Civil Veterinary Department Bihar reports 1940-50 - 1940-1950
Year: 1940
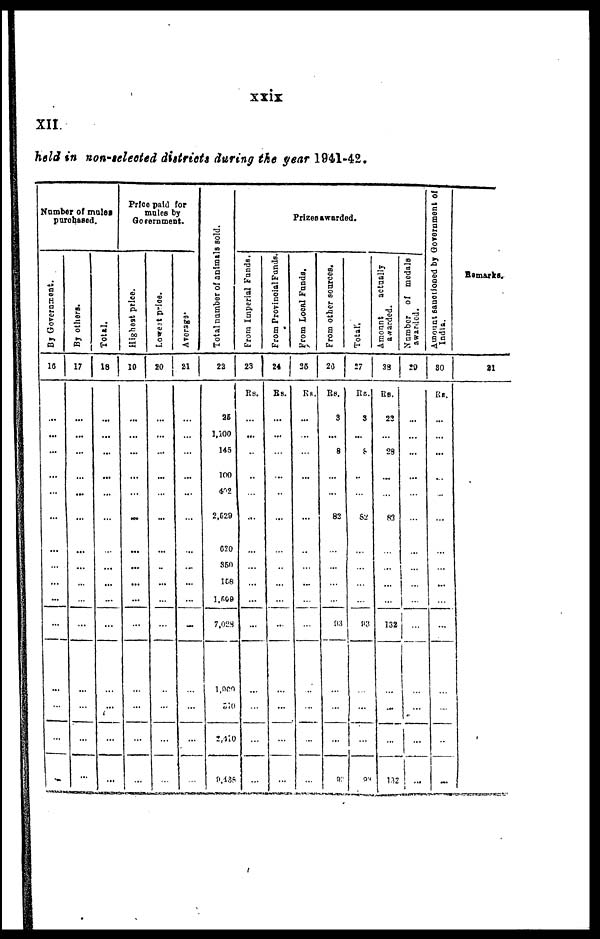
xxix
XII.
held in non-selected districts during the year 1941-42.
Number of mules
purchased.
By Go v e r
n me n t.
16
...
...
...
...
...
...
...
...
...
...
...
...
...
...
...
By others.
17
...
...
...
...
...
...
...
...
...
...
...
...
...
...
...
Total.
18
...
...
...
...
...
...
...
...
...
...
...
...
...
...
...
Price paid for
males by
Government.
Highest
price.
19
...
...
...
...
...
...
...
...
...
...
...
...
...
...
...
Lowest price.
20
...
...
...
...
...
...
...
...
...
...
...
...
...
...
...
Averages*
21
...
...
...
...
...
...
...
...
...
...
...
...
...
...
...
Tot al number of animals sold
22
25
1,100
145
100
402
2,529
620
360
158
1,599
7,028
1,900
510
2,410
9,438
From Imperial Funds.
23
Rs.
...
...
...
...
...
...
...
...
...
...
...
...
...
...
...
From Provincial Funds.
24
Rs.
...
...
...
...
...
...
...
...
...
...
...
...
...
...
...
Frizes awarded.
From Local Funds.
25
Rs.
...
...
...
...
...
...
...
...
...
...
...
...
...
...
...
From other sources.
26
Rs.
3
...
8
...
...
82
...
...
...
...
93
...
...
...
93
Total.
27
Rs.
3
...
8
...
...
82
...
...
...
...
93
...
...
...
93
Amount
actually
awarded.
28
Rs.
22
...
28
...
...
83
...
...
...
...
132
...
...
...
132
Number
of medal
awarded.
29
...
...
...
...
...
...
...
...
...
...
...
...
...
...
...
Amount sanctioned
by Government of
India.
30
Rs.
...
...
...
...
...
...
...
...
...
...
...
...
...
...
...
Remarks.
31